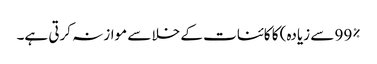
99% سے زیادہ) کا کائنات کے خلا سے موازنہ کرتی ہے۔